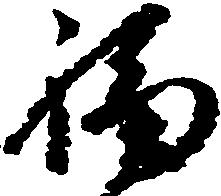
福